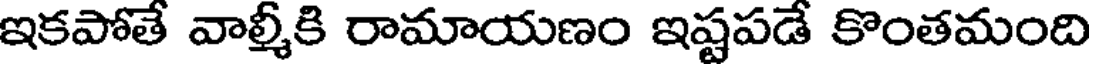
ఇకపోతే వాల్మీకి రామాయణం ఇష్టపడే కొంతమంది